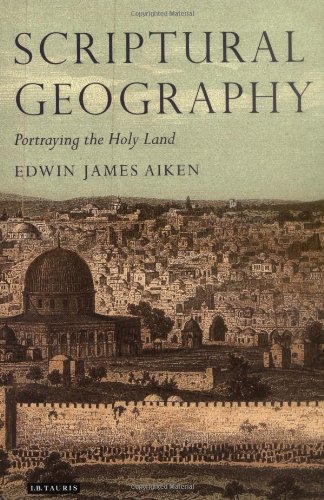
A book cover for Scriptural Geography: Portraying the Holy Land (Tauris Historical Geography); Edwin J. Aiken; Christian Books & Bibles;